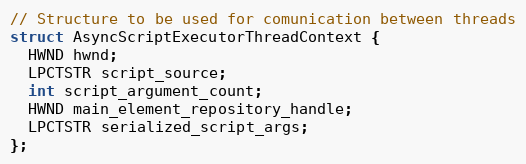
Language: C
// Structure to be used for comunication between threads
struct AsyncScriptExecutorThreadContext {
  HWND hwnd;
  LPCTSTR script_source;
  int script_argument_count;
  HWND main_element_repository_handle;
  LPCTSTR serialized_script_args;
};